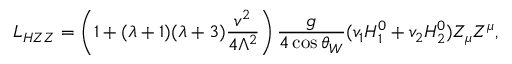
L _ { H Z Z } = \left( 1 + ( \lambda + 1 ) ( \lambda + 3 ) \frac { v ^ { 2 } } { 4 \Lambda ^ { 2 } } \right) \frac { g } { 4 \cos \theta _ { W } } ( v _ { 1 } H _ { 1 } ^ { 0 } + v _ { 2 } H _ { 2 } ^ { 0 } ) Z _ { \mu } Z ^ { \mu } ,